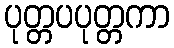
ပုတ္တပပုတ္တကာ